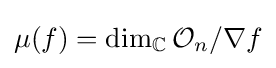
\mu (f)=\dim _{\mathbb {C} }{\mathcal {O}}_{n}/\nabla f